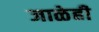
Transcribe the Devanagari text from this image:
जाळेही